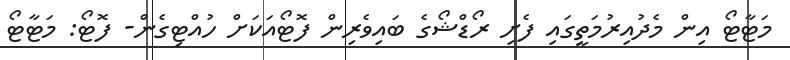
މަޓާޓޯ އިން މެދުއިރުމަތީގައި ފެށި ރޯޑްޝޯގެ ބައިވެރިން ފޮޓޯއަކަށް ހުއްޓިގެން- ފޮޓޯ: މަޓާޓޯ